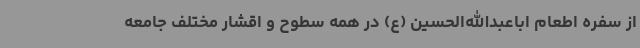
از سفره اطعام اباعبدالله‌الحسین (ع) در همه سطوح و اقشار مختلف جامعه